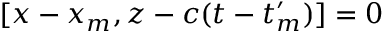
[ x - x _ { m } , z - c ( t - t _ { m } ^ { \prime } ) ] = 0